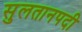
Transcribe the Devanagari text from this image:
सुलतानपदी